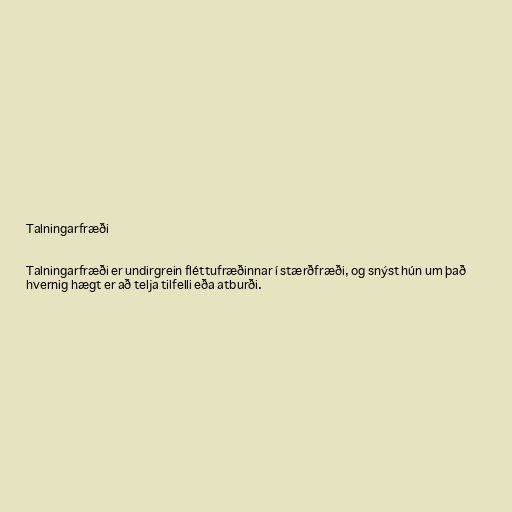
Talningarfræði

Talningarfræði er undirgrein fléttufræðinnar í stærðfræði, og snýst hún um það
hvernig hægt er að telja tilfelli eða atburði.